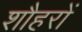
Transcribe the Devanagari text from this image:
शौहरों